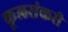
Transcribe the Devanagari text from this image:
फूलसंकरी